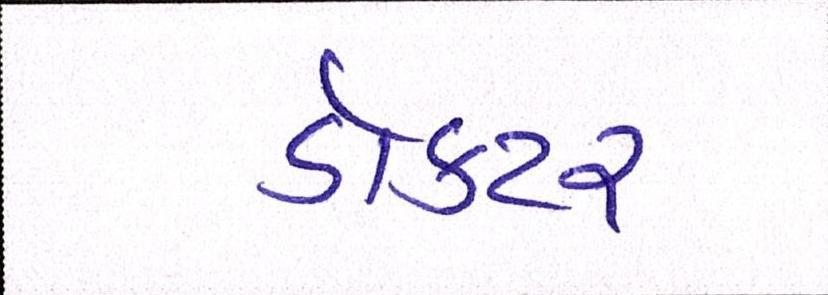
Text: ડોકટર